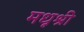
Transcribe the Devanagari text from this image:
मधूश्री